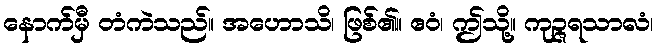
နောက်မှီ တံကဲသည်။ အဟောသိ၊ ဖြစ်၏။ ဧဝံ၊ ဤသို့။ ကုဉ္ဇရသာလံ၊